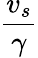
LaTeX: \frac{v_{s}}{\gamma}